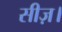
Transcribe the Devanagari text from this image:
सीज़।